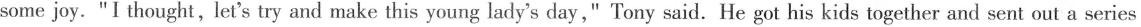
some joy. "I thought,let's try and make this young lady's day," Tony said. He got his kids together and sent out a series